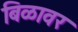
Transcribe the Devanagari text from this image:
बिळावर